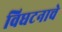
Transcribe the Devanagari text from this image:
विघटनाचे